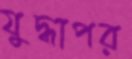
যুদ্ধাপর